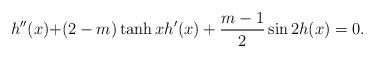
LaTeX: \begin{align*}h''(x)+&(2-m)\tanh xh'(x)+\frac{m-1}{2}\sin 2h(x)=0.\end{align*}